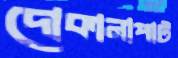
দোকানাপাট